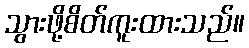
သွားဖို့စိတ်ကူးထားသည်။